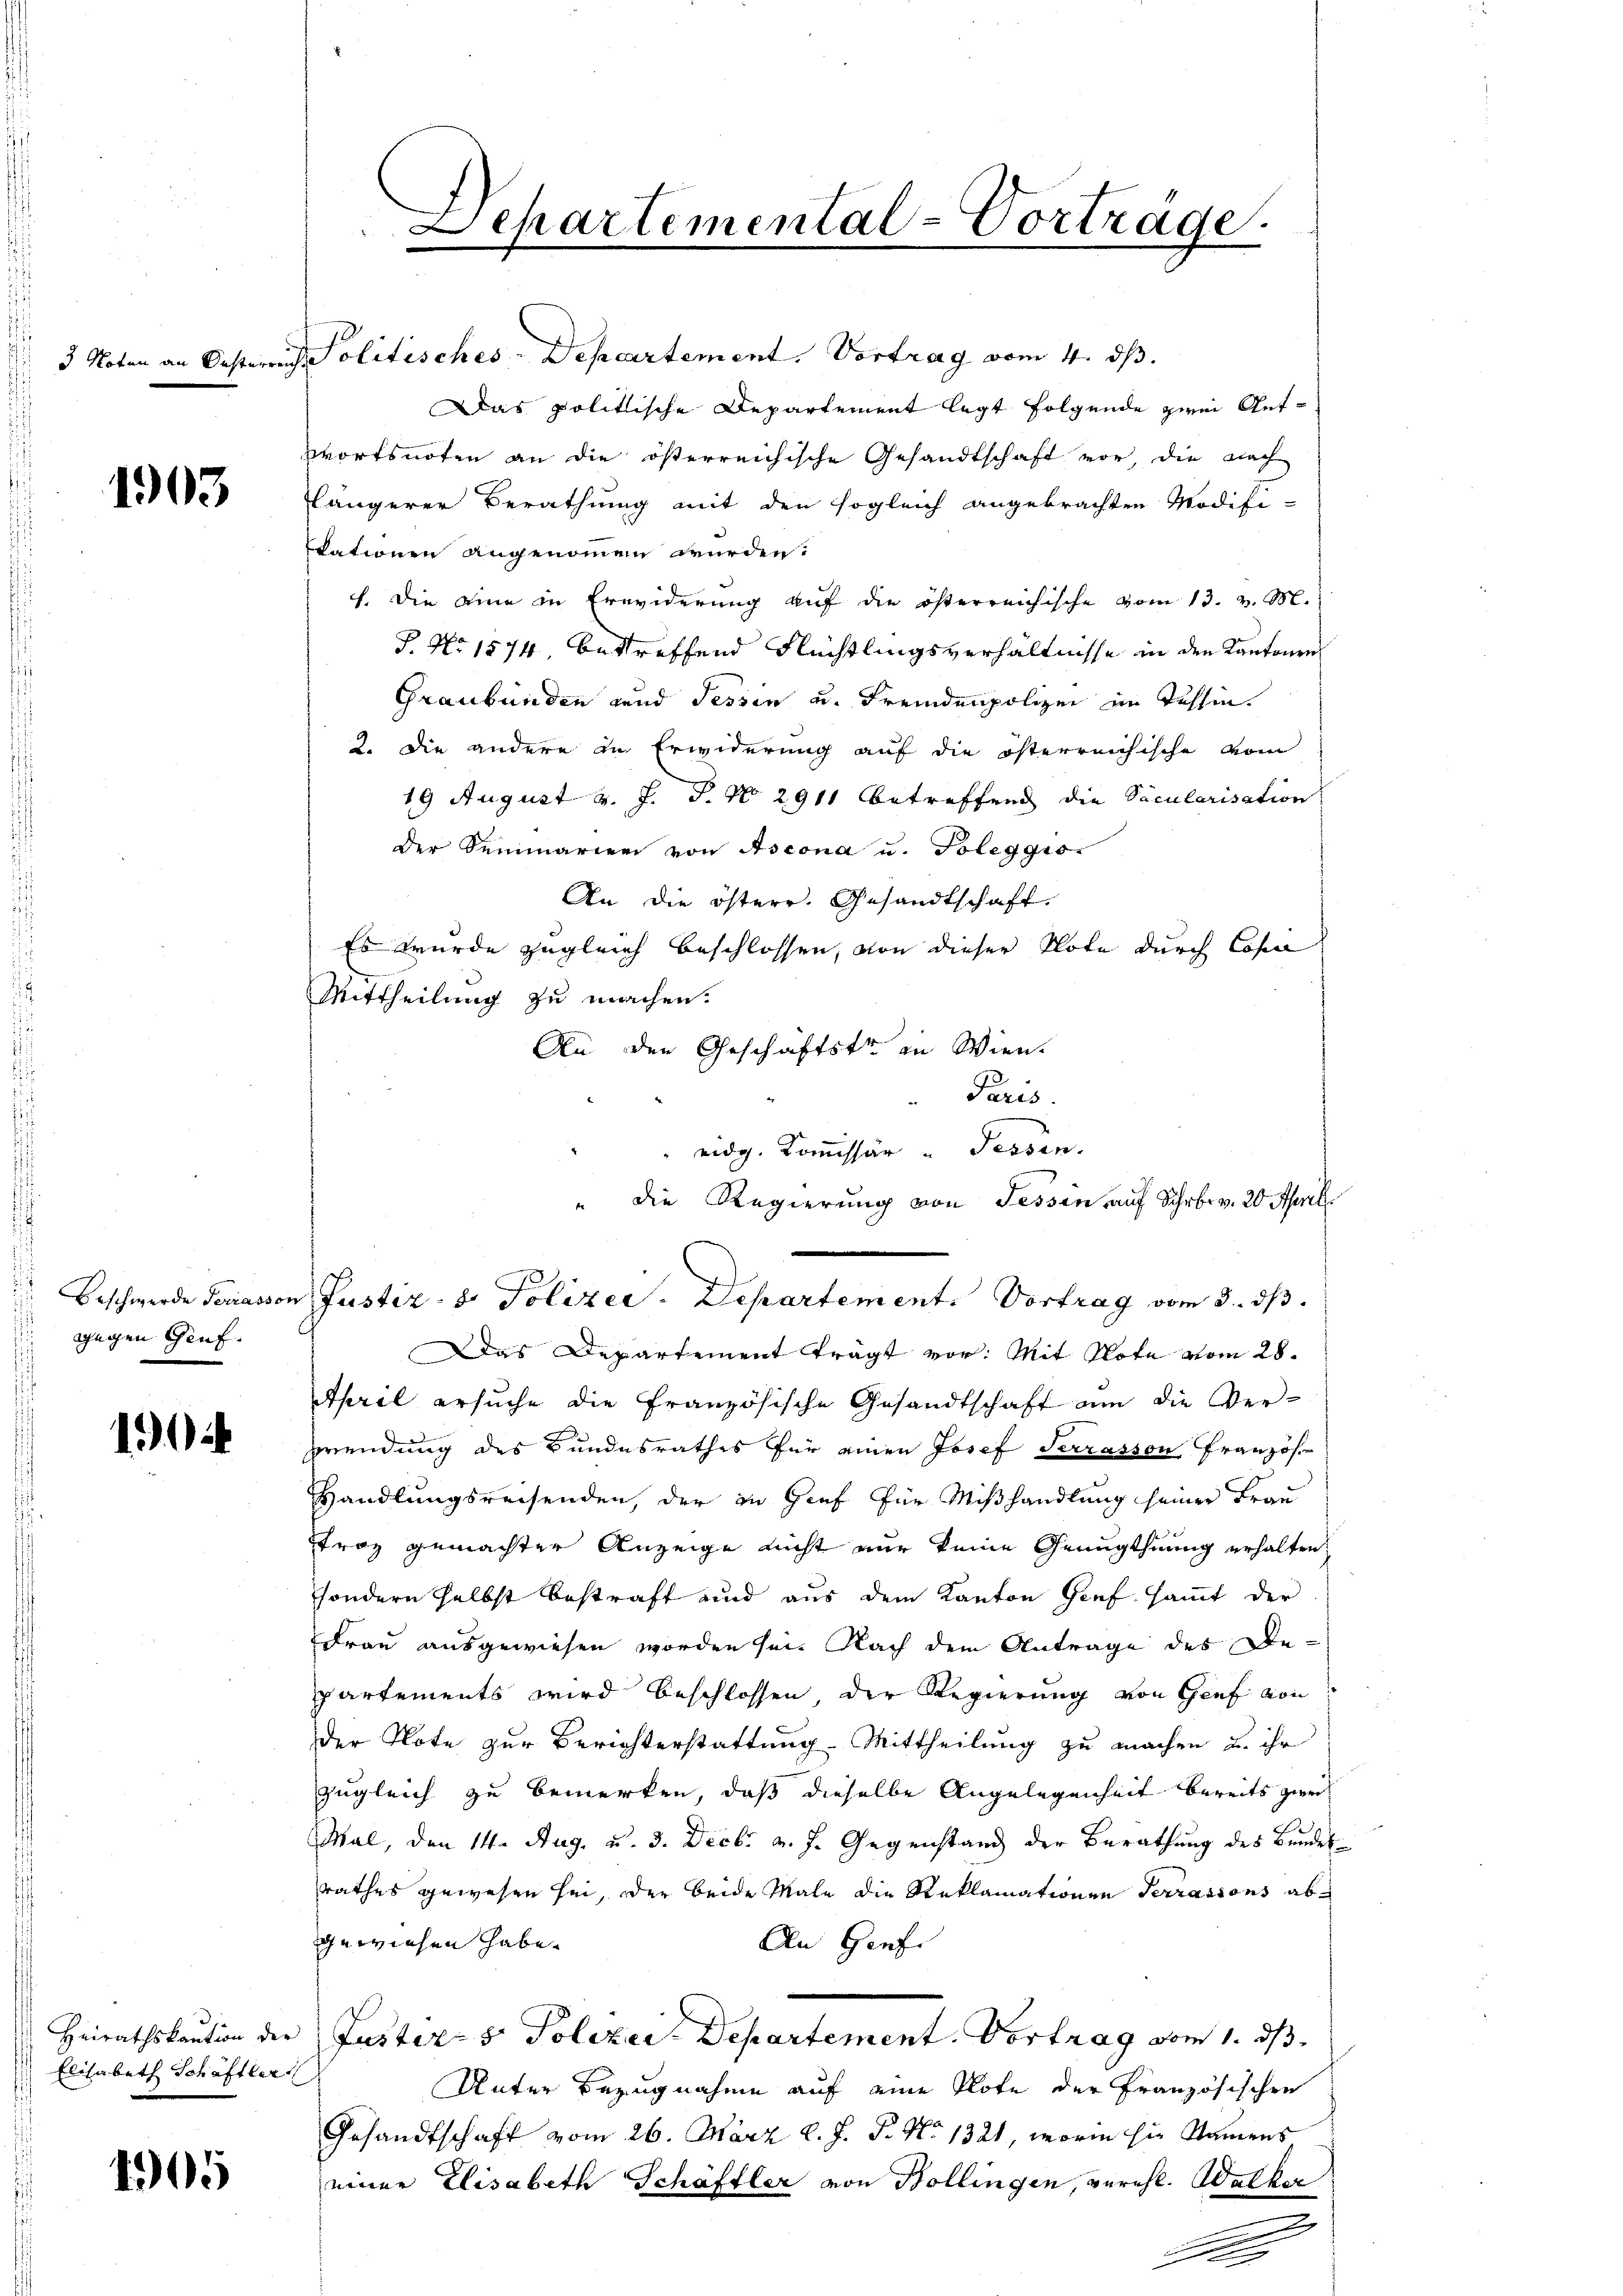
1903

gegen Genf.

1904

Elisabeth Schäftler

4905

3 Noten an Oesterreis Politisches-Departement. Vortrag vom 4. dβ.
Das politische Departement legt folgende zwei Antwortsnoten an die österreichische Gesandtschaft vor, die nach
längerer Berathung mit den sogleich angebrachten Modifi-
eationen angenommen würden.
f. Die eine in Erwiderung auf die österreichische vom 13. v. M.
S. No 1574, betreffend Flechtlingsverhältnisse in den Kantonen
Graubünden und Tessin u. Fremdenpolizei im Tessin
2. Die andere in Erwiderung auf die österreichische vom
19 August v. J. J. No. 2911 betreffend die Säcularisation
der Seminarien von Ascona u. Poleggior
An die österr. Gesandtschaft.
Es wurde zugleich beschlossen, von dieser Note durch Cope
Mittheilung zu machen.
An den Geschäftstr in Wien.
Paris.
 eidg. Kommissär " Sessen.
" die Regierung von Tessin auf Schrbr. v. 20 April.
Das Departement trägt vor. Mit Note vom 28.
April ersuche die Französische Gesandtschaft um die Ver-
prendung des Bundesrathes für einen Josef Terrasson Französ
Handlungsreisenden, der zu Gief für Mißhandlung seiner Frau
trag gemachter Anzeige nicht nur keine Genugthuung erhalten,
sondern selbst bestraft und aus dem Kanton Genf, sammt der
Frau ausgewiesen worden sei. Nach dem Antrage des Bepartements wird beschlossen, der Regierung von Genf von
der Note zur Berichterstattung. Mittheilung zu machen u. ihr
zugleich zu bemerken, daß dieselbe Angelegenheit bereits zwei
Mal, den 14. Aug. u. 3. Decbr v. J. Gegenstand der Berathung des Bundes
rathes gewesen sei, der beide Male die Reklamationen Terrassons abewichen habe.
An Grafe
Heirathskaution der Zusters Polizei-Departement. Vortrag vom 1. ds.
Unter Bezugnahme auf eine Plote der Französischen
Gesandtschaft vom 26. März l. J. J. No 1321, worin sie Namens
einer Elisabeth Schäftler von Hollingen, verehl. Walker
d

Separtemental-Vorträge.

Beschwerde Ferrasson Justiz- & Polizei. Departement. Vortrag vom 3. dβ.